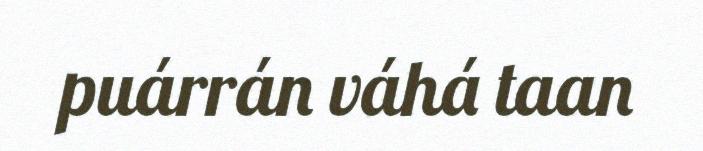
puárrán váhá taan